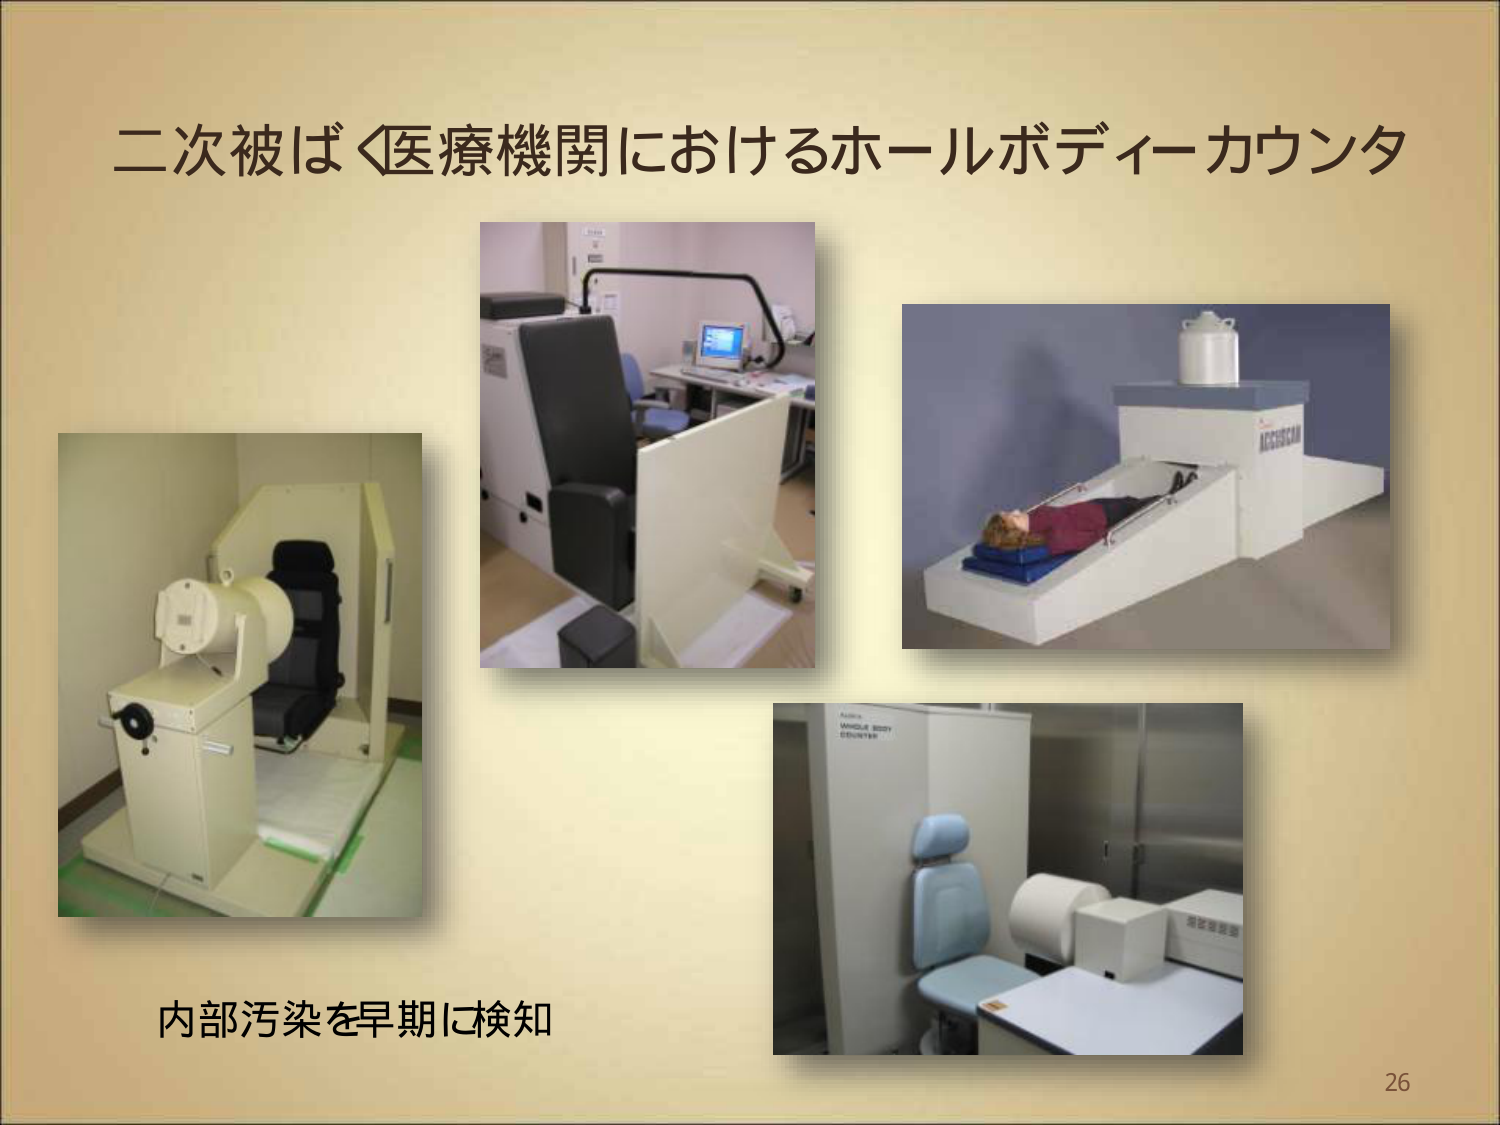
二次被ばく医療機関におけるホールボディーカウンタ

内部汚染を早期に検知

ACCUSCAN

WHOLE BODY
COUNTER

26